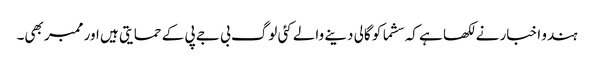
ہندو اخبار نے لکھا ہے کہ سشما کو گالی دینے والے کئی لوگ بی جے پی کے حمایتی ہیں اور ممبر بھی۔